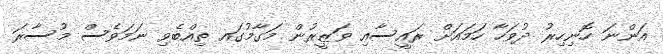
އަންނަ ހޮނިހިރު ދުވަހާ ހަމައަށް ރައީސާއި ވަޒީރުން މަގާމުގައ ތިއްބެވި ނަމަވެސް މުސާރަ